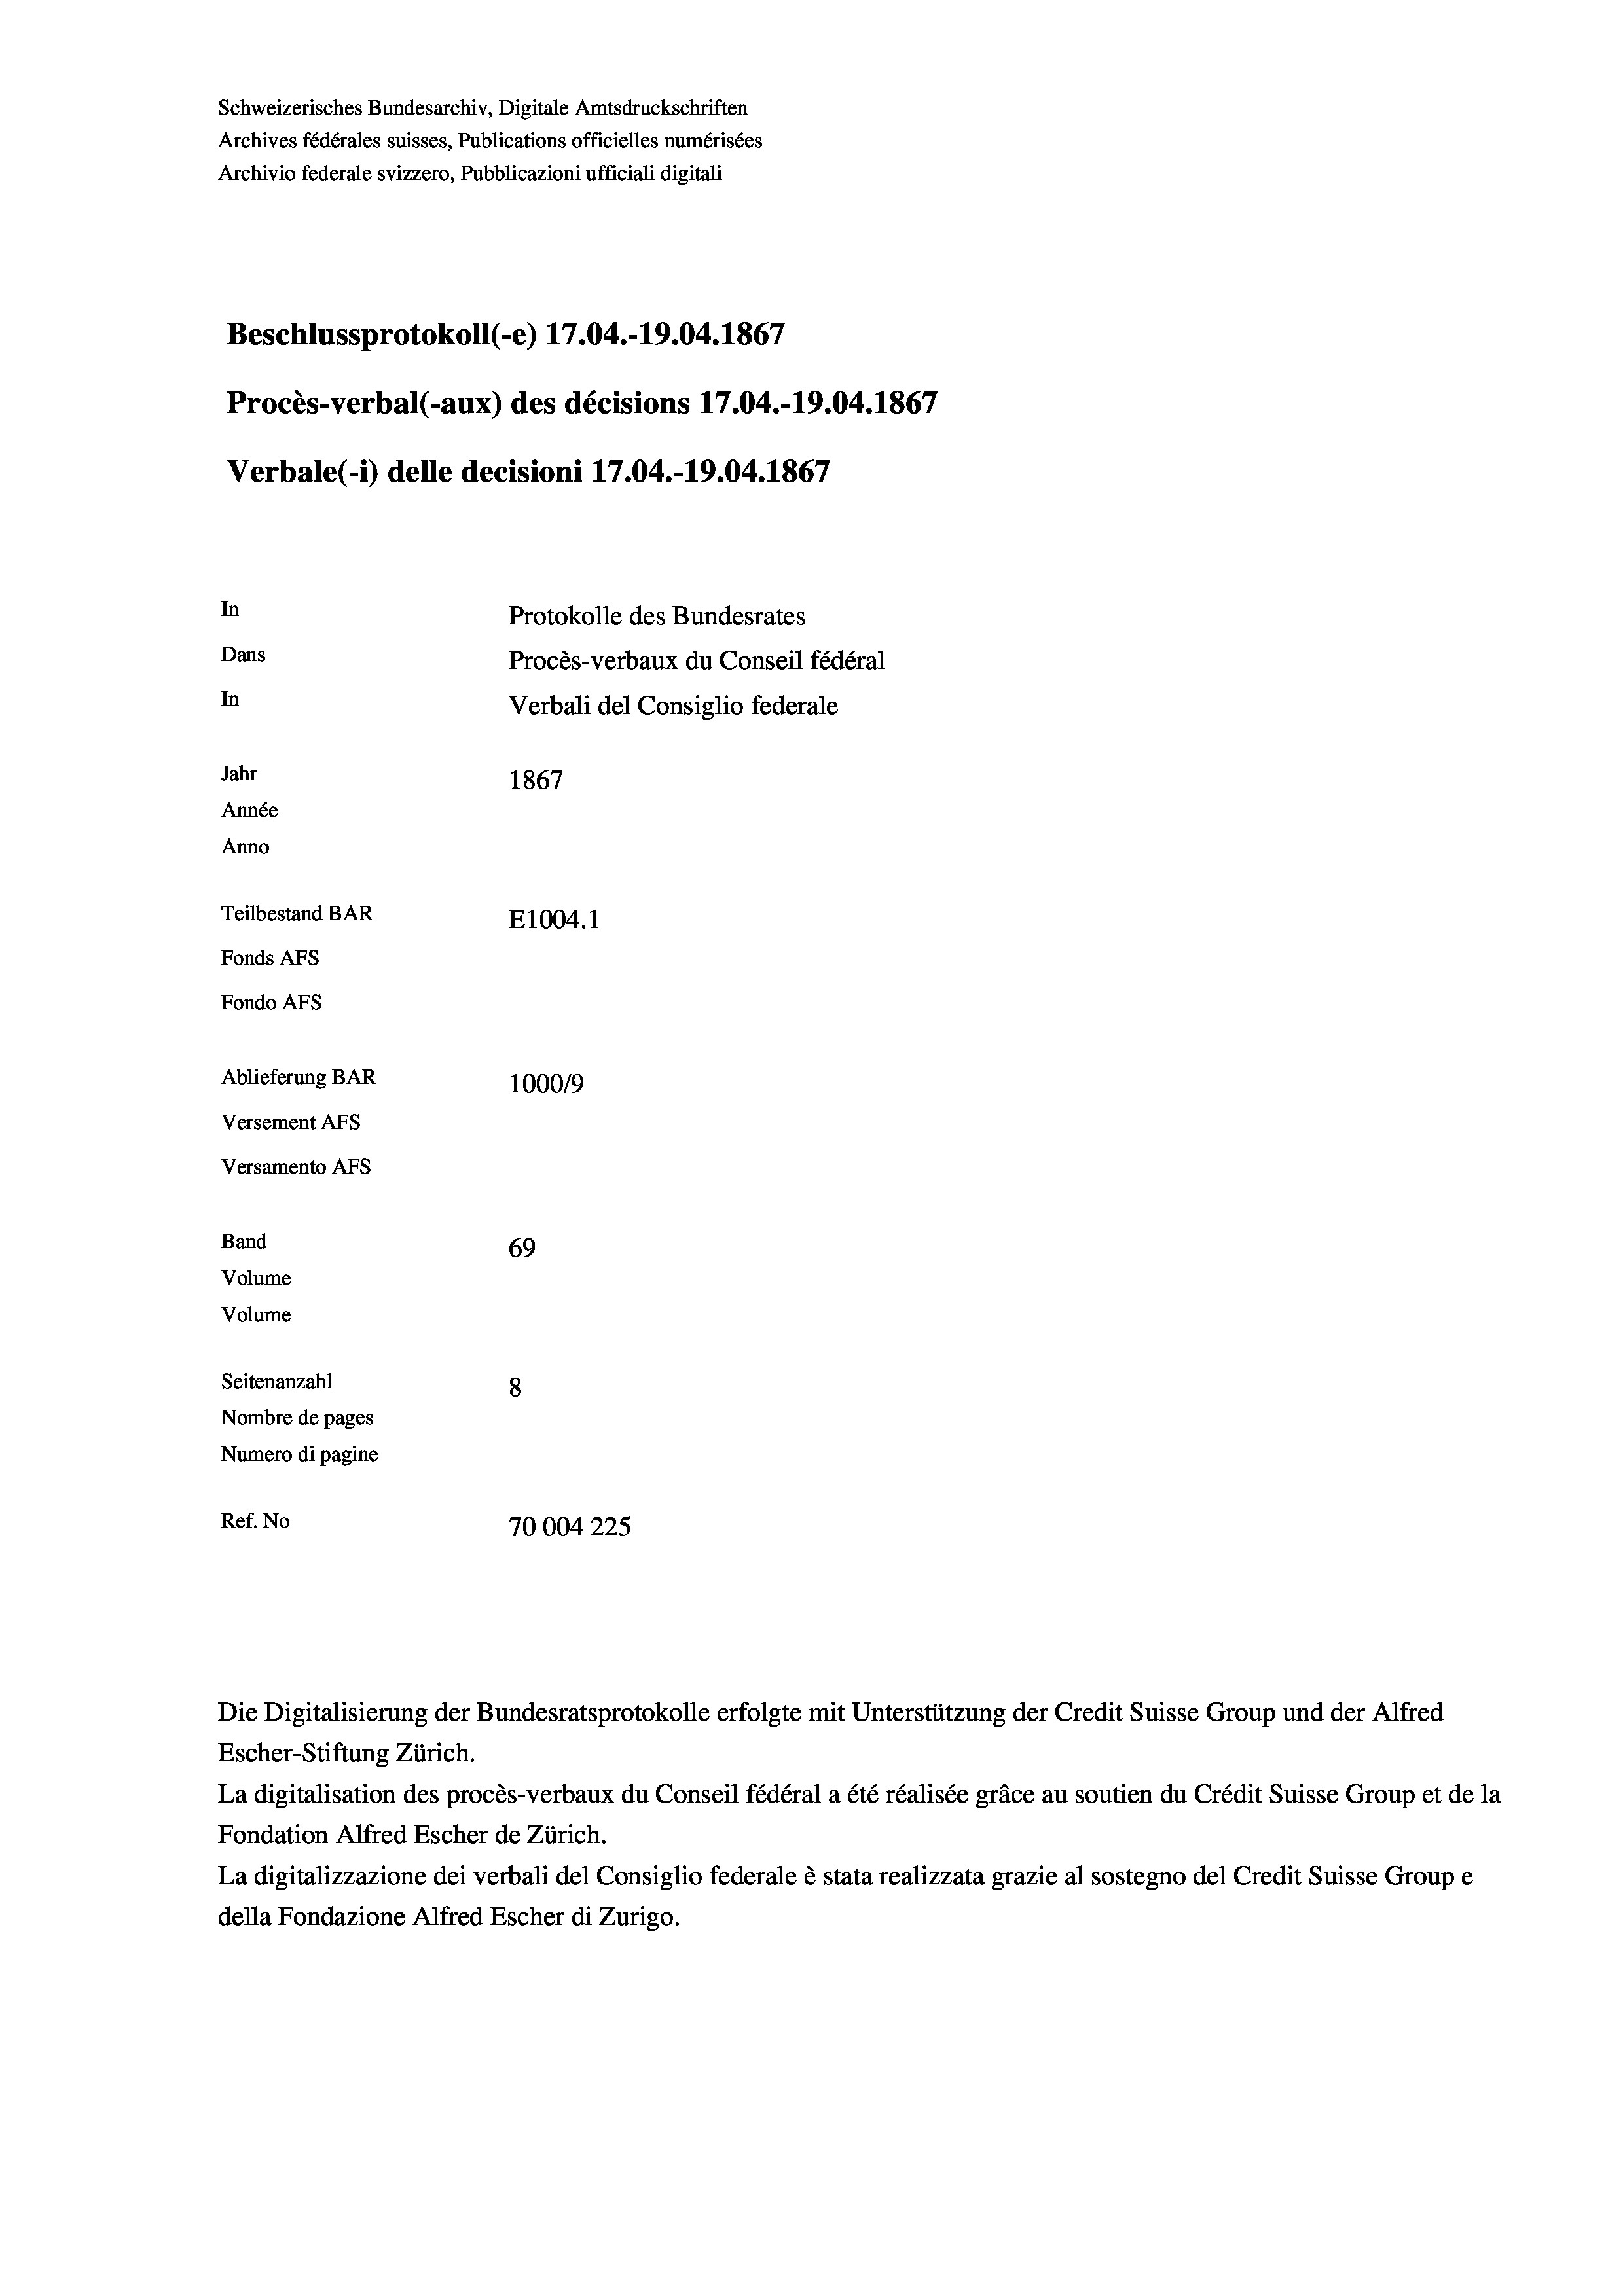
Schweizerisches Bundesarchiv, Digitale Amtsdruckschriften
Archives fédérales suisses, Publications officielles numérisées
Archivio federale svizzero, Pubblicazioni ufficiali digitali
Beschlussprotokoll (-e) 17.04.-19.04. 1867
Procès-verbal (-aux) des décisions 17.04.-19.04. 1867
Verbale (i) delle decisioni 17.04.-19.04. 1867
In
Protokolle des Bundesrates
Dans
Procès-verbaux du Conseil fédéral
In
Verbali del Consiglio federale
Jahr
1867
Année
Anno
Teilbestand BAR
E1004.1
Fonds AFs
Fondo Afs
Ablieferung BAR
100019
Versement AFs
Versamento AFs
Band
69
Volume
Volume
Seitenanzahl
8
Nombre de pages
Numero di pagine
Ref. No
70004 225

Die Digitalisierung der Bundesratsprotokolle erfolgte mit Unterstützung der Credit Suisse Group und der Alfred

Escher-Stiftung Zürich.
La digitalisation des procès-verbaux du Conseil fédéral a été réalisée gräce au soutien du Crédit Suisse Group et de la
Fondation Alfred Escher de Zürich.
La digitalizzazione dei verbali del Consiglio federale è stata realizzata grazie al sostegno del Credit Suisse Groupe
della Fondazione Alfred Escher di Zurigo.